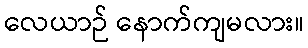
လေယာဉ် နောက်ကျမလား။